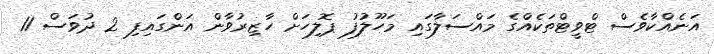
އަނެއްކާވެސް ޓްވީޓްތަކެއްގެ މައްސަލާގައި މަހޫލުފު ޕޮލިހަށް ހާޒިރުވާން އަންގައިފި 2 ދުވަސް 11